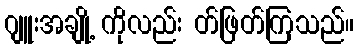
ဂျူးအချို့ ကိုလည်း တ်ဖြတ်ကြသည်။